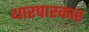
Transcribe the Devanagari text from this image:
थारपारकार